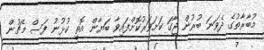
މުބާރާތުގެ ދެވަނަ ބުރުން ޖާގަ ކަށަވަރުކޮށްފައިވާ ބަޔާން އޮތީ ކުޅުނު ފަސް މެޗުން